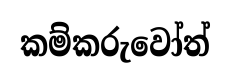
කම්කරුවෝත්